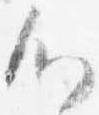
心